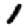
Digit: 1